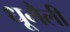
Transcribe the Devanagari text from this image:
धूमैली